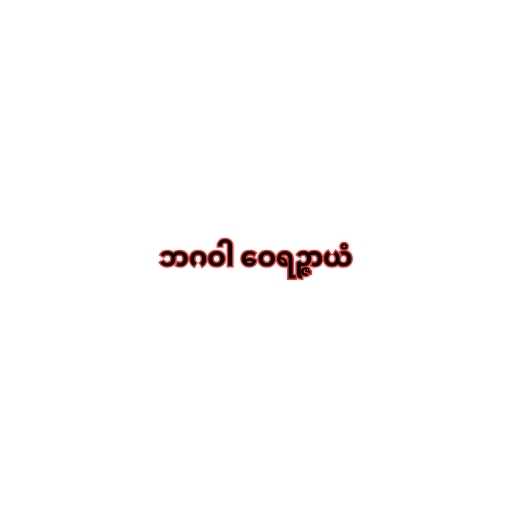
ဘဂဝါ ဝေရဉ္ဇာယံ